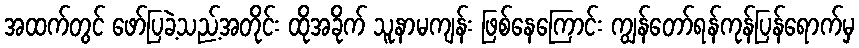
အထက်တွင် ဖော်ပြခဲ့သည့်အတိုင်း ထိုအခိုက် သူနာမကျန်း ဖြစ်နေကြောင်း ကျွန်တော်ရန်ကုန်ပြန်ရောက်မှ